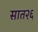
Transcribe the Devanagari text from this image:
सात२६